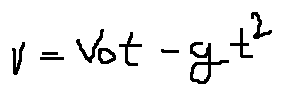
v = v _ { 0 } t - g t ^ { 2 }